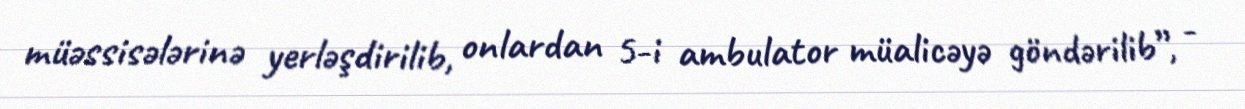
müəssisələrinə yerləşdirilib, onlardan 5-i ambulator müalicəyə göndərilib”, -